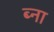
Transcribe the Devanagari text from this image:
ब्ना